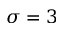
\sigma = 3